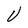
Character: V